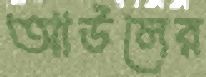
আউলের